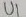
Text: U1